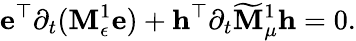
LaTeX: \mathbf{e}^{\top}\partial_{t}(\mathbf{M}_{\epsilon}^{1}\mathbf{e})+\mathbf{h}^{\top}\partial_{t}\widetilde{\mathbf{M}}_{\mu}^{1}\mathbf{h}=0.